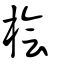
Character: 檜